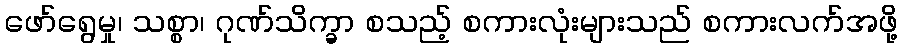
ဖော်ရွေမှု၊ သစ္စာ၊ ဂုဏ်သိက္ခာ စသည့် စကားလုံးများသည် စကားလက်အဖို့